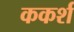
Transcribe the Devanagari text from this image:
ककर्श